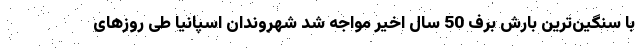
با سنگین‌ترین بارش برف 50 سال اخیر مواجه شد شهروندان اسپانیا طی روزهای